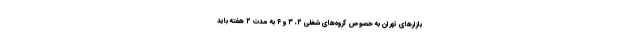
بازار‌های تهران به خصوص گروه‌های شغلی ۲، ۳ و ۴ به مدت ۲ هفته باید